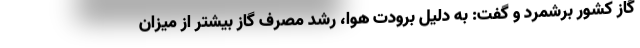
گاز کشور برشمرد و گفت: به دلیل برودت هوا، رشد مصرف گاز بیشتر از میزان